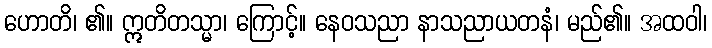
ဟောတိ၊ ၏။ ဣတိတသ္မာ၊ ကြောင့်။ နေဝသညာ နာသညာယတနံ၊ မည်၏။ အထဝါ၊